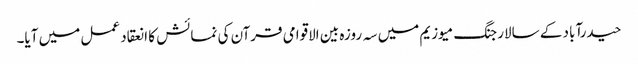
حیدرآباد کے سالارجنگ میوزیم میں سہ روزہ بین الاقوامی قرآن کی نمائش کا انعقاد عمل میں آیا۔